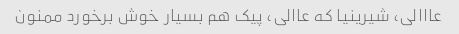
عااالی، شیرینیا که عاالی، پیک هم بسیار خوش برخورد ممنون